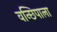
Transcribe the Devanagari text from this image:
वन्छिपाला